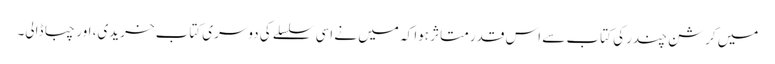
میں کرشن چندر کی کتاب سے اس قدر متاثر ہوا کہ میں نے اسی سلسلے کی دوسری کتاب خریدی، اور چبا ڈالی۔